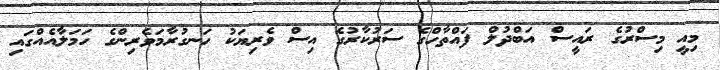
މިއީ މިސްރުގެ ރައީސް އަބްދުލް ފައްތާހްގެ ސަރުކާރުގެ އިސް ވެރިޔަކު ހަނގުރާމަވެރިންގެ ހަމަލާއެއްގައި